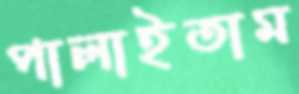
পালাইতাম